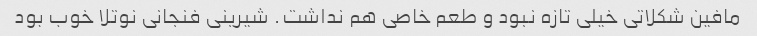
مافین شکلاتی خیلی تازه نبود و طعم خاصی هم نداشت. شیرینی فنجانی نوتلا خوب بود